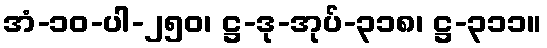
အံ-၁၀-ပါ-၂၅၀၊ ဋ္ဌ-ဒု-အုပ်-၃၁၈၊ ဋ္ဌ-၃၁၁။